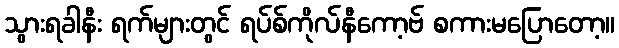
သွားရခါနီး ရက်များတွင် ရပ်စ်ကိုလ်နီကော့ဗ် စကားမပြောတော့။